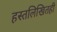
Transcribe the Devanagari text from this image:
हस्तलिखितही